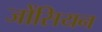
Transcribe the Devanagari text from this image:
जोंसियन